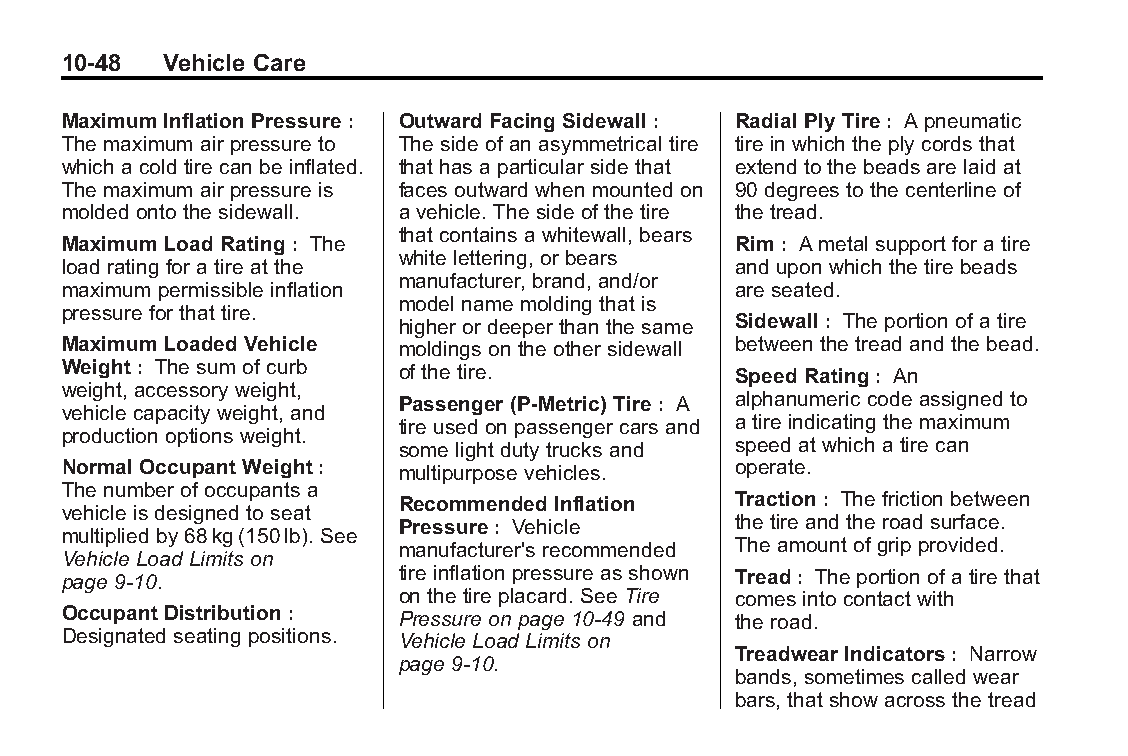
Buick LaCrosse Owner Manual (GMNA-Localizing-U.S./Canada/Mexico- Blackplate(48,1)
 6043609)-2014-2ndEdition-10/17/13
 10-48  Vehicle Care
 Maximum Inflation Pressure : Outward Facing Sidewall: Radial Ply Tire: A pneumatic
 The maximum air pressure to The side of an asymmetrical tire tire in which the ply cords that
 which a cold tire can be inflated. that has a particular side that extend to the beads are laid at
 The maximum air pressure is faces outward when mounted on 90 degrees to the centerline of
 molded onto the sidewall. a vehicle. The side of the tire the tread.
 that contains a whitewall, bears
 Maximum Load Rating: The                    Rim: A metal support for a tire
 white lettering, or bears
 load rating for a tire at the               and upon which the tire beads
 manufacturer, brand, and/or
 maximum permissible inflation               are seated.
 model name molding that is
 pressure for that tire.
 higher or deeper than the same Sidewall: The portion of a tire
 Maximum Loaded Vehicle moldings on the other sidewall between the tread and the bead.
 Weight: The sum of curb of the tire.        Speed Rating: An
 weight, accessory weight,
 Passenger (P-Metric) Tire: A alphanumeric code assigned to
 vehicle capacity weight, and
 tire used on passenger cars and a tire indicating the maximum
 production options weight.
 some light duty trucks and speed at which a tire can
 Normal Occupant Weight: multipurpose vehicles. operate.
 The number of occupants a
 Recommended Inflation Traction: The friction between
 vehicle is designed to seat
 Pressure: Vehicle     the tire and the road surface.
 multiplied by 68kg(150lb). See
 manufacturer's recommended The amount of grip provided.
 Vehicle Load Limits on
 page 9-10.            tire inflation pressure as shown Tread: The portion of a tire that
 on the tire placard. See Tire comes into contact with
 Occupant Distribution: Pressure on page 10-49 and the road.
 Designated seating positions. Vehicle Load Limits on
 Treadwear Indicators: Narrow
 page 9-10.
 bands, sometimes called wear
 bars, that show across the tread